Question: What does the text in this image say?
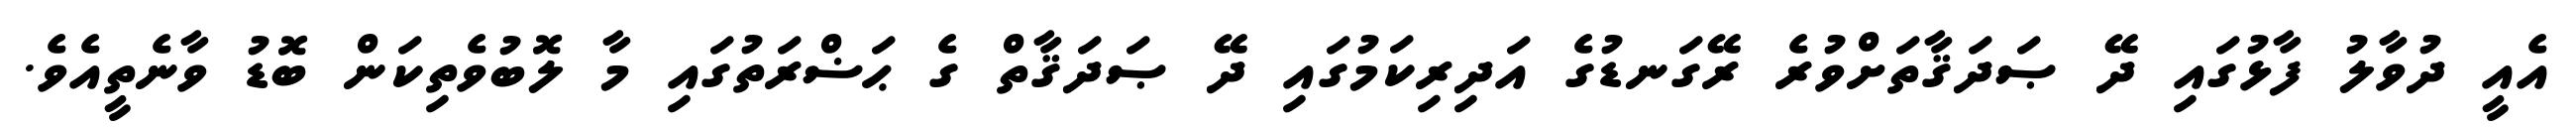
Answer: އެއީ ދުވާލު ފާޅުގައި ދޭ ޞަދަޤާތަށްވުރެ ރޭގަނޑުގެ އަދިރިކަމުގައި ދޭ ޞަދަޤާތް ގެ ޙަޟްރަތުގައި މާ ލޮބުވެތިކަން ބޮޑު ވާނެތީއެވެ.